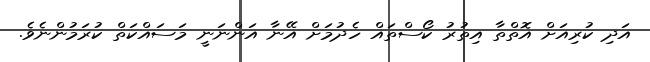
އަދި ކުރިއަށް އޮތްތާ އިތުރު ކޯސްތައް ހެދުމަށް އޭނާ އަންނަނީ މަސައްކަތް ކުރަމުންނެވެ.